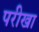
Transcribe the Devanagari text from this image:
परीखा